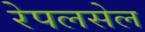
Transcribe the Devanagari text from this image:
रेपलसेल